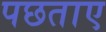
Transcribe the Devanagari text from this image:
पछताए